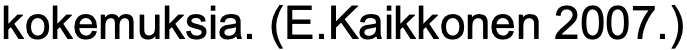
kokemuksia. (E.Kaikkonen 2007.)